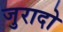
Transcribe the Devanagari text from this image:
जुरादो